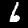
Label: 6